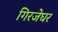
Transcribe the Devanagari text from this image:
गिरजेघर